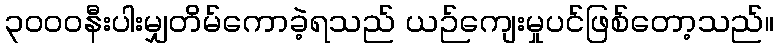
၃၀၀၀နီးပါးမျှတိမ်ကောခဲ့ရသည် ယဉ်ကျေးမှုပင်ဖြစ်တော့သည်။